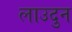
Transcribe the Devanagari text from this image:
लाउदुन